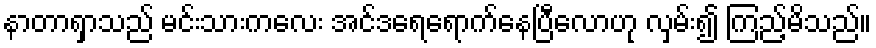
နာတာရှာသည် မင်းသားကလေး အင်ဒရေရောက်နေပြီလောဟု လှမ်း၍ ကြည့်မိသည်။